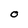
Character: O